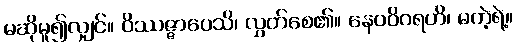
မဆိုမူ၍လျှင်။ ဝိဿဇ္ဇာပေသိ၊ လွှတ်စေ၏။ နေဝဝိဂရဟိ၊ မကဲ့ရဲ့။